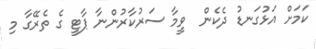
ކަމަށް އަޅުގަނޑު ދެކެން  ވީމާ ސަރުކާރުންނާ ޕާޓީ ގެ ތެރޭގާ މި